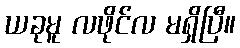
ယခုမူ လဖိုင်လ မရှိပြီ။